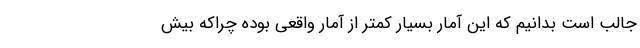
جالب است بدانیم که این آمار بسیار کمتر از آمار واقعی بوده چراکه بیش